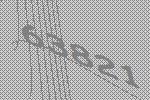
63821